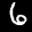
Label: 6